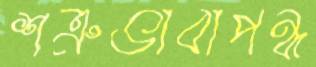
শত্রুভাবাপন্ন